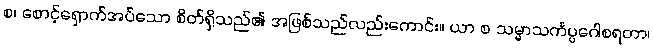
စ၊ စောင့်ရှောက်အပ်သော စိတ်ရှိသည်၏ အဖြစ်သည်လည်းကောင်း။ ယာ စ သမ္မာသင်္ကပ္ပဂေါစရတာ၊